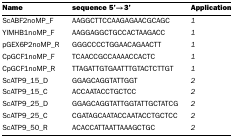
<table><thead><tr><td><b>Name</b></td><td><b>sequence 5&#x27;→3&#x27;</b></td><td><b>Application</b></td></tr></thead><tbody><tr><td>ScABF2noMP_F</td><td>AAGGCTTCCAAGAGAACGCAGC</td><td><i>1</i></td></tr><tr><td>YlMHB1noMP_F</td><td>AAGGAGGCTGCCACTAAGACC</td><td><i>1</i></td></tr><tr><td>pGEX6P2noMP_R</td><td>GGGCCCCTGGAACAGAACTT</td><td><i>1</i></td></tr><tr><td>CpGCF1noMP_F</td><td>TCAACCGCCAAAACCACTC</td><td><i>1</i></td></tr><tr><td>CpGCF1noMP_R</td><td>TTAGATTGTGAATTTGTACTCTTGT</td><td><i>1</i></td></tr><tr><td>ScATP9_15_D</td><td>GGAGCAGGTATTGGT</td><td><i>2</i></td></tr><tr><td>ScATP9_15_C</td><td>ACCAATACCTGCTCC</td><td><i>2</i></td></tr><tr><td>ScATP9_25_D</td><td>GGAGCAGGTATTGGTATTGCTATCG</td><td><i>2</i></td></tr><tr><td>ScATP9_25_C</td><td>CGATAGCAATACCAATACCTGCTCC</td><td><i>2</i></td></tr><tr><td>ScATP9_50_R</td><td>ACACCATTAATTAAAGCTGC</td><td><i>2</i></td></tr></tbody></table>